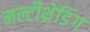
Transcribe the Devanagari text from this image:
मल्टीथ्रेडिंग